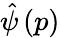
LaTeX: \hat{\psi}\left(p\right)